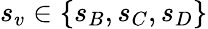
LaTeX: s_{v}\in\{ s_{B},s_{C},s_{D}\}